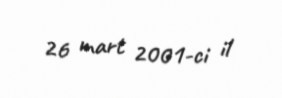
26 mart 2001-ci il